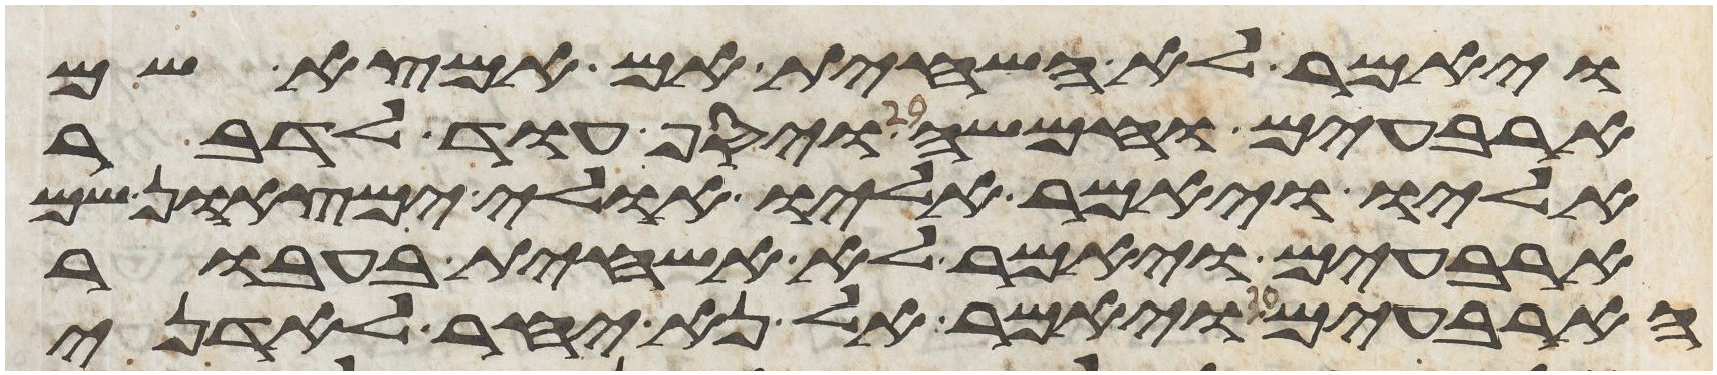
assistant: ויאמר לא אשחית אם אמצא שם
ארבעים וחמשה ויסף עוד לדבר
אליו ויאמר אליו אולי ימצאון שם
ארבעים ויאמר לא אשחית בעבור
הארבעים ויאמר אל נא יחר לאדני